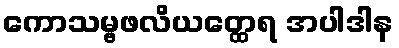
ကောသမ္ဗဖလိယတ္ထေရ အပါဒါန